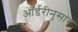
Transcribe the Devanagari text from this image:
ऑर्डरीनुसार